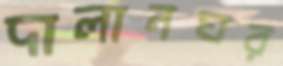
দালানঘর